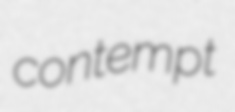
contempt